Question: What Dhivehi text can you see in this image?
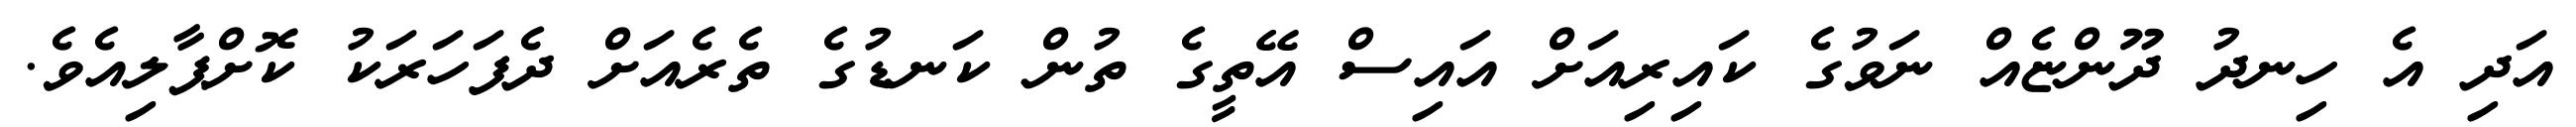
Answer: އަދި އެ ހިނދު ދޫންޏެއް ނަވުގެ ކައިރިއަށް އައިސް އޭތީގެ ތުން ކަނޑުގެ ތެރެއަށް ދެފަހަރަކު ކޮށްޕާލިއެވެ.